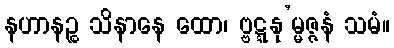
နဟာနဉ္စ သိနာနေ ထော၊ ဗ္ဗဋ္ဋနု’မ္မဇ္ဇနံ သမံ။